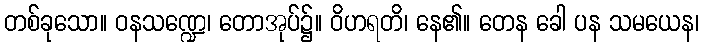
တစ်ခုသော။ ဝနသဏ္ဍေ၊ တောအုပ်၌။ ဝိဟရတိ၊ နေ၏။ တေန ခေါ ပန သမယေန၊